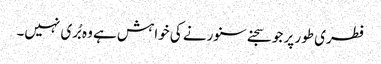
فطری طور پر جو سجنے سنورنے کی خواہش ہے وہ بُری نہیں۔